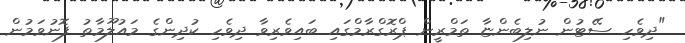
"ދިވެހި ސޭޓުން ނުލިބެންޏާ ތަމްރީން ޕްރޮގްރާމްގައި ބައިވެރިވާ ދިވެހި ކުދިންގެ މައުލޫމާތު ފޮނުވަމުން